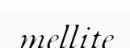
mellite